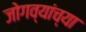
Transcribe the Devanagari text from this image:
जोगव्यांच्या